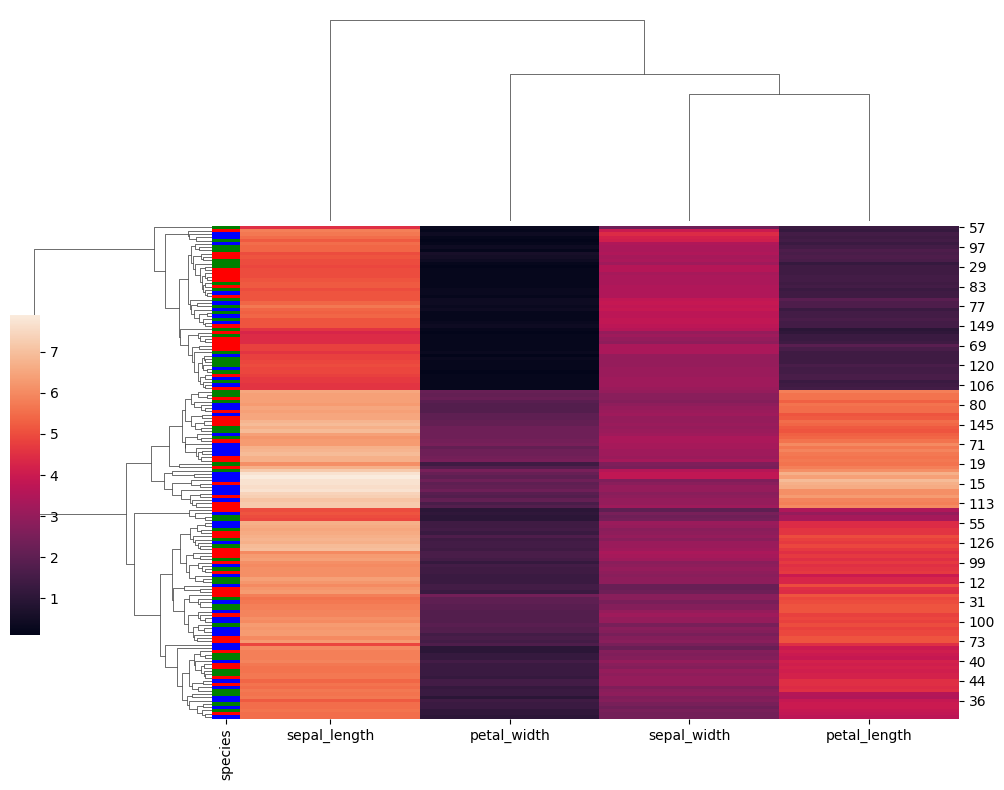
python, seaborn, clustermap, figsize=(10, 8), row_cluster=True, dendrogram_ratio=(0.2, 0.3), cbar_pos=(0, 0.2, 0.03, 0.4)